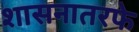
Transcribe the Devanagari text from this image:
शासनातरफे